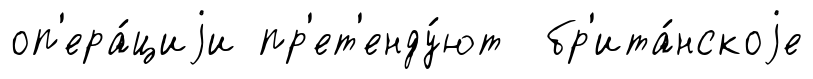
оп'ера́циjи пр'ет'енду́ют бр'ита́нскоjе